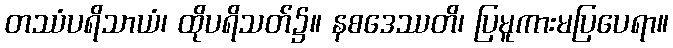
တဿံပရိသာယံ၊ ထိုပရိသတ်၌။ နစဒေဿတိ၊ ပြမူကားမပြပေရာ။